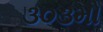
૩૦૩મો